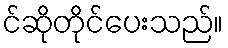
င်ဆိုတိုင်ပေးသည်။